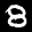
Label: 8